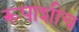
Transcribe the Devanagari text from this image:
रूपाशीच